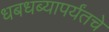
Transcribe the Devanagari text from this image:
धबधब्यापर्यंतचे